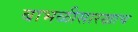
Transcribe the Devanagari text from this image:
बाभळीसारखाच